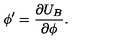
\phi ^ { \prime } = \frac { \partial U _ { B } } { \partial \phi } .